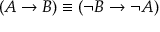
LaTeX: ( A \to B ) \equiv ( \neg B \to \neg A )